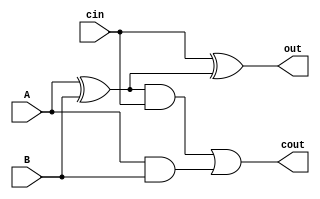
//////////////////////////////////////////////////////////////////////////////////
// Company: 
// 
// Design Name: Lab 1 Mux
// Module Name: mux
// Project Name: 
// Target Devices: 
// Tool Versions: 
// Description: 
// 
// Dependencies: 
// 
// Revision:
// Revision 0.01 - File Created
// Additional Comments:
// 
//////////////////////////////////////////////////////////////////////////////////
// define mux21 variables
module oneBitAdder(A, B, cin, cout, out);

wire abXOR, cout1, cout2;

input A, B, cin;
output out, cout;

xor(abXOR, A, B);

and(cout1,abXOR, cin);
and(cout2, A, B);

or(cout, cout1, cout2);

xor(out, cin, abXOR);

endmodule